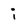
Character: i